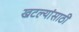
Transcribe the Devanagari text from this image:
खटल्यांसाठी